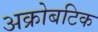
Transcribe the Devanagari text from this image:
अक्रोबटिक